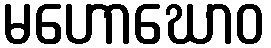
မဟောဃောဝ